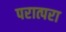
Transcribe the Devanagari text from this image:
परात्परा